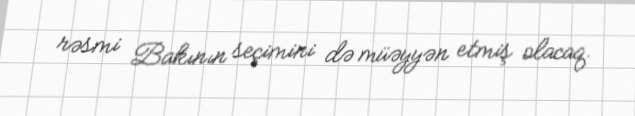
rəsmi Bakının seçimini də müəyyən etmiş olacaq.